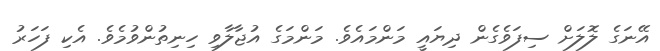
އޭނަގެ ލޮލަށް ސިފަވެގެން ދިޔައީ މަންމައެވެ. މަންމަގެ އުޖާލާވި ހިނިތުންވުމެވެ. އެކި ފަހަރު